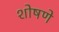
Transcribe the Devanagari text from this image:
शोषणे